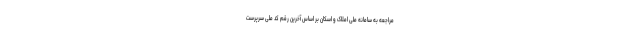
مراجعه به سامانه ملی املاک و اسکان بر اساس آخرین رقم کد ملی سرپرست